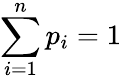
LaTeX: \sum_{i=1}^{n}p_{i}=1